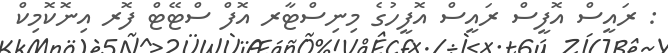
: ރައީސް އޮފީސް ރައީސް އޮފީހުގެ މިނިސްޓާރ އޮފް ސްޓޭޓް ފޮރ އިނޮކޮމިކް